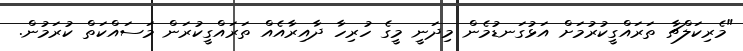
"މެރިކަލްޗާ ތަރައްގީކުރުމަށް އަޅުގަނޑުމެން މިދަނީ މީގެ ހުރިހާ ދާއިރާއެއް ތަރައްގީކުރަން މަސައްކަތް ކުރަމުން.